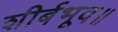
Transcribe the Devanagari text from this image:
शीर्बभूव॥